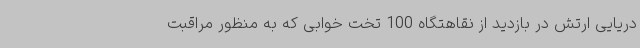
دریایی ارتش در بازدید از نقاهتگاه 100 تخت خوابی که به منظور مراقبت